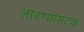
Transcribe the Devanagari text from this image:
लावण्यासटक